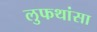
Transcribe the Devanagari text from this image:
लुफथांसा